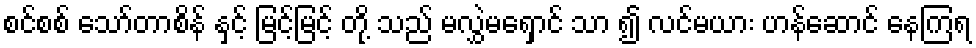
စင်စစ် သော်တာစိန် နှင့် မြင့်မြင့် တို့ သည် မလွှဲမရှောင် သာ ၍ လင်မယား ဟန်ဆောင် နေကြရ